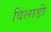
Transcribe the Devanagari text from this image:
विलाडी